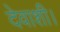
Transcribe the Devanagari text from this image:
देवाशी।